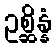
ဥစ္ဆိန္နံ